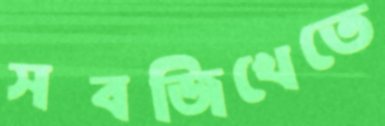
সবজিখেতে